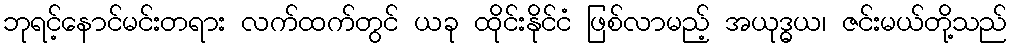
ဘုရင့်နောင်မင်းတရား လက်ထက်တွင် ယခု ထိုင်းနိုင်ငံ ဖြစ်လာမည့် အယုဒ္ဓယ၊ ဇင်းမယ်တို့သည်